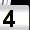
Digit: 4